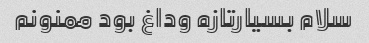
سلام بسیارتازه وداغ بود ممنونم